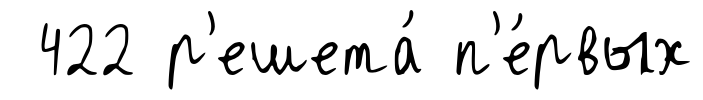
422 р'ешета́ п'е́рвых